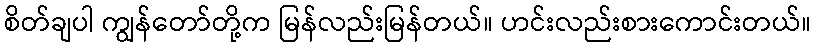
စိတ်ချပါ ကျွန်တော်တို့က မြန်လည်းမြန်တယ်။ ဟင်းလည်းစားကောင်းတယ်။